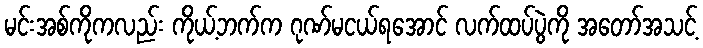
မင်းအစ်ကိုကလည်း ကိုယ့်ဘက်က ဂုဏ်မငယ်ရအောင် လက်ထပ်ပွဲကို အတော်အသင့်